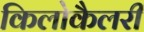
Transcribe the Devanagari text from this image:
किलोकैलरी